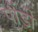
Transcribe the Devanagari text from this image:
पौंडी